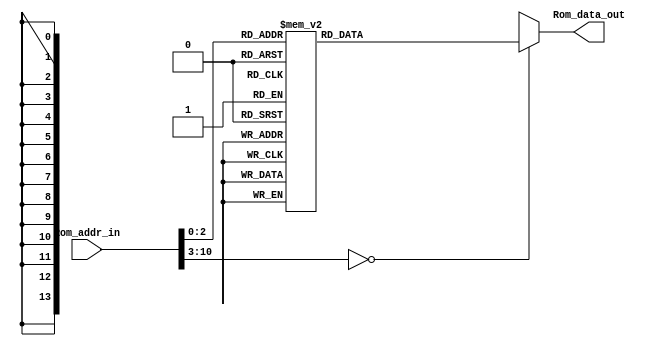
module ROM(
output [13:0] Rom_data_out, 
input [10:0] Rom_addr_in
);
    reg   [13:0] data;
    always @(*)
        begin
            case (Rom_addr_in)
				11'h0:	data = 14'h3044;		//MOVLW
				11'h1:	data = 14'h3E01;		//ADDLW
				11'h2:	data = 14'h3E02;		//ADDLW
				11'h3:	data = 14'h3E03;		//ADDLW
				11'h4:	data = 14'h3E04;		//ADDLW
				11'h5:	data = 14'h3E05;		//ADDLW
				11'h6:	data = 14'h3E06;		//ADDLW
				11'h7:	data = 14'h3E07;		//ADDLW
				default:data = 14'hX;
            endcase
        end
     assign Rom_data_out = data;

endmodule

module fetch_cycle (
    input reset,
    input clk,
    output [13:0] ir
);

    parameter T0_INIT = 0;
    parameter T1 = 1;
    parameter T2 = 2;
    parameter T3 = 3;    

    reg load_pc, load_mar, load_ir;
    wire [10:0] pc_next;
    reg [10:0] pc_q, mar_q;
    wire [13:0] rom_out;
    reg [13:0] ir_q;
    reg [4:0] ps, ns;

    always @(posedge clk) begin
      if (reset) ps <= 0;
      else ps <= ns;
    end

    /* Adder - pc_next = pc_q + 1;
     */
    assign pc_next = pc_q + 1;

    /* Program Counter - update the pc_q each 3 clk
     */
    always @(posedge clk) begin
        if (reset) pc_q <= 0;
        else if (load_pc) pc_q <= pc_next; 
    end

    /* Memory Address Register - MAR
     */
    always @(posedge clk) begin
        if (load_mar) mar_q <= pc_q;
    end

    /* ROM
     */
    ROM __rom(
        .Rom_addr_in(mar_q),
        .Rom_data_out(rom_out)
    );

    /* Instruction Register - IR
     */
    always @(posedge clk) begin
        if (reset) ir_q <= 0;
        else if (load_ir) ir_q <= rom_out;
    end
    assign ir = ir_q;

    /* fetch cycle controller
     */
    always @(*) begin
      load_pc = 0;
      load_mar = 0;
      load_ir = 0;
      ns = T0_INIT;
      case (ps)
          T0_INIT: ns = T1;
          T1: begin
              load_mar = 1;
              ns = T2;
          end
          T2: begin
              load_pc = 1;
              ns = T3;
          end
          T3: begin
              load_ir = 1;
              ns = T1;
          end
      endcase
    end
endmodule